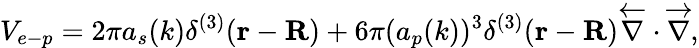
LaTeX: V_{e-p}=2\pi a_{s}(k)\delta^{(3)}(\mathbf{r}-\mathbf{R})+6\pi(a_{p}(k))^{3}\delta^{(3)}(\mathbf{r}-\mathbf{R})\overleftarrow{\nabla}\cdot\overrightarrow{\nabla},